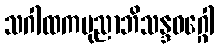
သဂါထကပုညာဘိသန္ဒဝဂ္ဂေါ